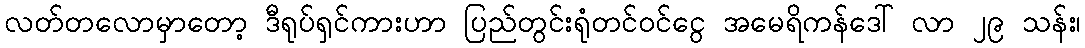
လတ်တလောမှာတော့ ဒီရုပ်ရှင်ကားဟာ ပြည်တွင်းရုံတင်ဝင်ငွေ အမေရိကန်ဒေါ် လာ ၂၉ သန်း၊